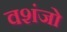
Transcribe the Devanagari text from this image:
वशंजो